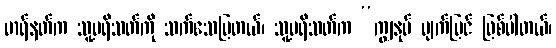
မာရ်နတ်က သူ့ပရိသတ်ကို သက်သေပြတယ်၊ သူ့ပရိသတ်က “ကျွနုပ် မျက်မြင် ဖြစ်ပါတယ်၊